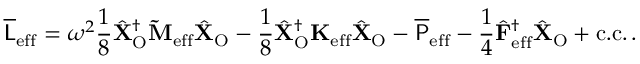
\overline { { \mathsf { L } } } _ { \mathrm { e f f } } = \omega ^ { 2 } \frac { 1 } { 8 } \hat { \mathbf { X } } _ { \mathrm { O } } ^ { \dagger } \mathbf { \widetilde { M } } _ { \mathrm { e f f } } \hat { \mathbf { X } } _ { \mathrm { O } } - \frac { 1 } { 8 } \hat { \mathbf { X } } _ { \mathrm { O } } ^ { \dagger } \mathbf { K } _ { \mathrm { e f f } } \hat { \mathbf { X } } _ { \mathrm { O } } - \overline { { \mathsf { P } } } _ { \mathrm { e f f } } - \frac { 1 } { 4 } \hat { \mathbf { F } } _ { \mathrm { e f f } } ^ { \dagger } \hat { \mathbf { X } } _ { \mathrm { O } } + \mathrm { c . c . } \, .